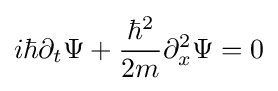
i\hbar \partial _{t}\Psi +{\frac {\hbar ^{2}}{2m}}\partial _{x}^{2}\Psi =0